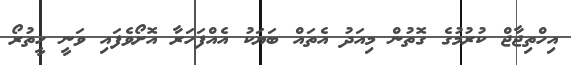
އިހްތިޖާޖް ކުރުމުގެ ގޮތުން މިއަދު އެތައް ބަޔަކު އެއްފަހަރާ އޮށޯވެފައި ވަނީ ހީތުރޯ